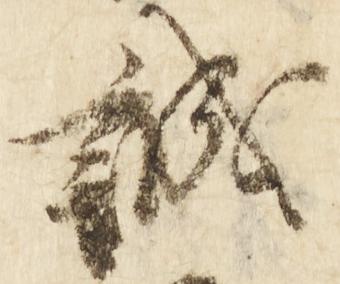
誠